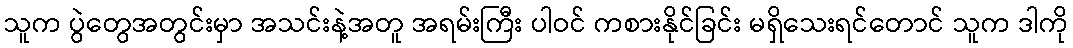
သူက ပွဲတွေအတွင်းမှာ အသင်းနဲ့အတူ အရမ်းကြီး ပါဝင် ကစားနိုင်ခြင်း မရှိသေးရင်တောင် သူက ဒါကို